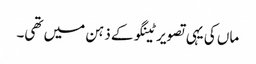
ماں کی یہی تصویر ٹینگو کے ذہن میں تھی۔